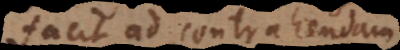
facit ad contrahendam